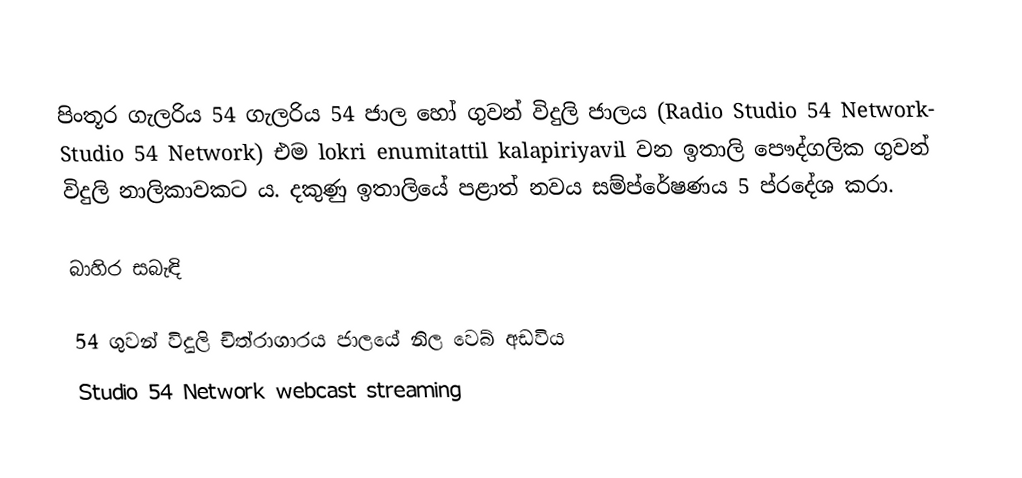
පිංතූර ගැලරිය 54 ගැලරිය 54 ජාල හෝ ගුවන් විදුලි ජාලය (Radio Studio 54 Network- Studio 54 Network) එම lokri enumitattil kalapiriyavil වන ඉතාලි පෞද්ගලික ගුවන් විදුලි නාලිකාවකට ය. දකුණු ඉතාලියේ පළාත් නවය සම්ප්රේෂණය 5 ප්රදේශ කරා.

බාහිර සබැඳි

 54 ගුවන් විදුලි චිත්රාගාරය ජාලයේ නිල වෙබ් අඩවිය
 Studio 54 Network webcast streaming